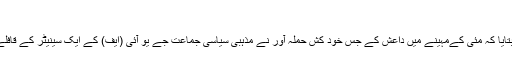
‘‘
پاکستانی فوج کے شعبہ تعلقات عامہ آئی ایس پی آر کے سربراہ میجر جنرل آصف غفور نے بتایا کہ مئی کےمہینے میں داعش کے جس خود کش حملہ آور نے مذہبی سیاسی جماعت جے یو آئی (ایف) کے ایک سینیٹر کے قافلے کو نشانہ بنایا تھا، اسے اس کارروائی کے لیے داعش نے اپنے اسی ٹھکانے سے بھیجا تھا۔